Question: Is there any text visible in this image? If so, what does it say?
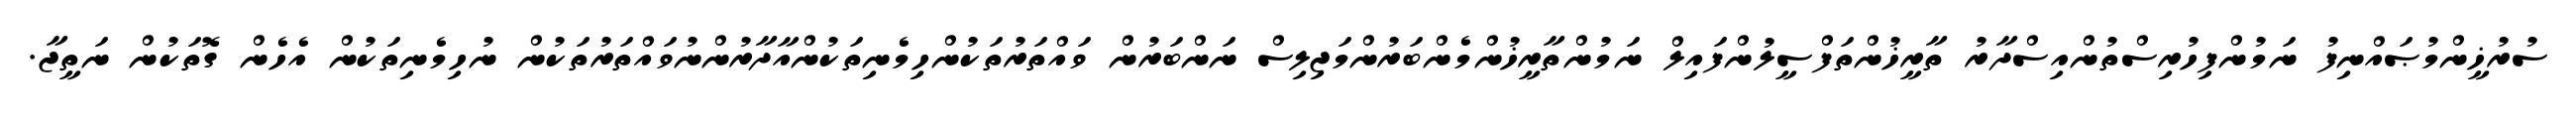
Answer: ސުރުޚީންމުޞައްނިފު ނަމުންފިހުރިސްތުންއިސްދާރު ތާރީޚުންތަފްސީލުންފައިލް ނަމުންތާރީޚުންމެންބަރުންމަޖިލިސް ނަންބަރުން ވައްތަރުތަކުންހިމެނިތަކުންއާދާރުންނުވައްތަރުތަކުން ނުހިމެނިތަކުން އެހެން ގޮތަކުން ނަތީޖާ.